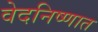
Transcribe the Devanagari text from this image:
वेदनिष्णात